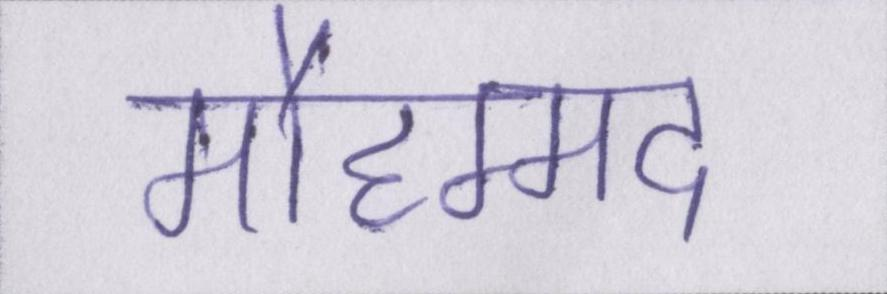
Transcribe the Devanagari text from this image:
मौहम्मद